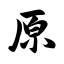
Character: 原